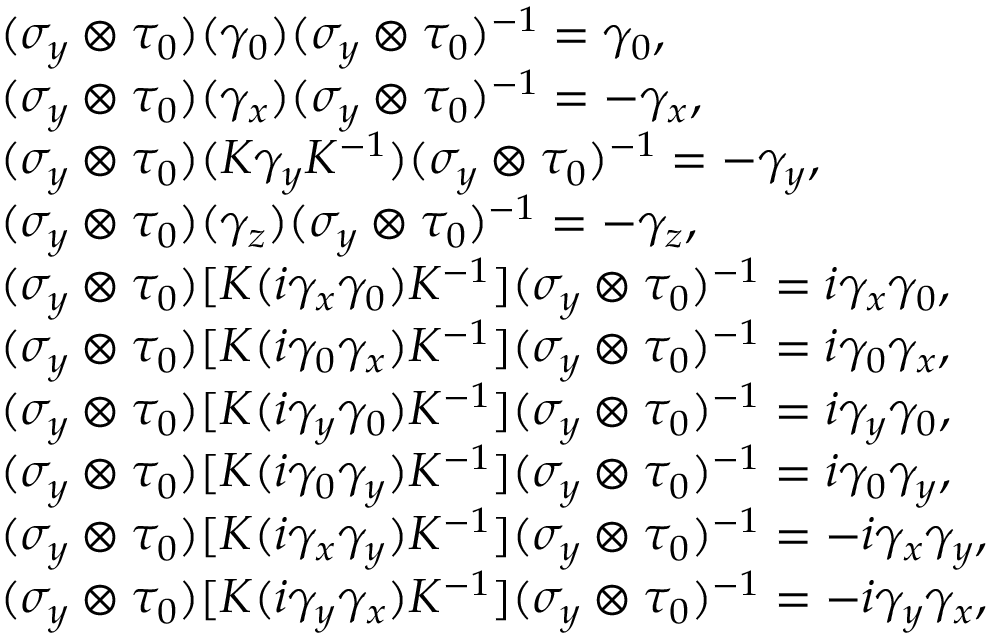
\begin{array} { r l } & { ( \sigma _ { y } \otimes \tau _ { 0 } ) ( \gamma _ { 0 } ) ( \sigma _ { y } \otimes \tau _ { 0 } ) ^ { - 1 } = \gamma _ { 0 } , } \\ & { ( \sigma _ { y } \otimes \tau _ { 0 } ) ( \gamma _ { x } ) ( \sigma _ { y } \otimes \tau _ { 0 } ) ^ { - 1 } = - \gamma _ { x } , } \\ & { ( \sigma _ { y } \otimes \tau _ { 0 } ) ( { \cal K } \gamma _ { y } { \cal K } ^ { - 1 } ) ( \sigma _ { y } \otimes \tau _ { 0 } ) ^ { - 1 } = - \gamma _ { y } , } \\ & { ( \sigma _ { y } \otimes \tau _ { 0 } ) ( \gamma _ { z } ) ( \sigma _ { y } \otimes \tau _ { 0 } ) ^ { - 1 } = - \gamma _ { z } , } \\ & { ( \sigma _ { y } \otimes \tau _ { 0 } ) [ { \cal K } ( i \gamma _ { x } \gamma _ { 0 } ) { \cal K } ^ { - 1 } ] ( \sigma _ { y } \otimes \tau _ { 0 } ) ^ { - 1 } = i \gamma _ { x } \gamma _ { 0 } , } \\ & { ( \sigma _ { y } \otimes \tau _ { 0 } ) [ { \cal K } ( i \gamma _ { 0 } \gamma _ { x } ) { \cal K } ^ { - 1 } ] ( \sigma _ { y } \otimes \tau _ { 0 } ) ^ { - 1 } = i \gamma _ { 0 } \gamma _ { x } , } \\ & { ( \sigma _ { y } \otimes \tau _ { 0 } ) [ { \cal K } ( i \gamma _ { y } \gamma _ { 0 } ) { \cal K } ^ { - 1 } ] ( \sigma _ { y } \otimes \tau _ { 0 } ) ^ { - 1 } = i \gamma _ { y } \gamma _ { 0 } , } \\ & { ( \sigma _ { y } \otimes \tau _ { 0 } ) [ { \cal K } ( i \gamma _ { 0 } \gamma _ { y } ) { \cal K } ^ { - 1 } ] ( \sigma _ { y } \otimes \tau _ { 0 } ) ^ { - 1 } = i \gamma _ { 0 } \gamma _ { y } , } \\ & { ( \sigma _ { y } \otimes \tau _ { 0 } ) [ { \cal K } ( i \gamma _ { x } \gamma _ { y } ) { \cal K } ^ { - 1 } ] ( \sigma _ { y } \otimes \tau _ { 0 } ) ^ { - 1 } = - i \gamma _ { x } \gamma _ { y } , } \\ & { ( \sigma _ { y } \otimes \tau _ { 0 } ) [ { \cal K } ( i \gamma _ { y } \gamma _ { x } ) { \cal K } ^ { - 1 } ] ( \sigma _ { y } \otimes \tau _ { 0 } ) ^ { - 1 } = - i \gamma _ { y } \gamma _ { x } , } \end{array}